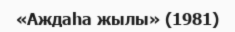
«Аждаһа жылы» (1981)